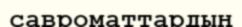
савроматтардың